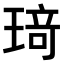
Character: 𤦺